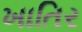
ખાતિર